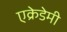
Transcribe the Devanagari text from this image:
एक्रेडेमी